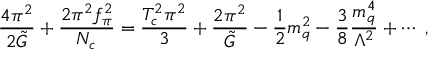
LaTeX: { \frac { 4 \pi ^ { 2 } } { 2 \tilde { G } } } + { \frac { 2 \pi ^ { 2 } f _ { \pi } ^ { 2 } } { N _ { c } } } = { \frac { T _ { c } ^ { 2 } \pi ^ { 2 } } { 3 } } + { \frac { 2 \pi ^ { 2 } } { \tilde { G } } } - { \frac { 1 } { 2 } } m _ { q } ^ { 2 } - { \frac { 3 } { 8 } } { \frac { m _ { q } ^ { 4 } } { \Lambda ^ { 2 } } } + \cdots \; ,